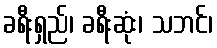
ခရီးရှည်၊ ခရီးဆုံး၊ သဘင်၊